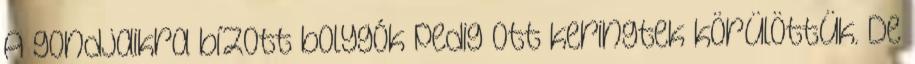
A gondjaikra bízott bolygók pedig ott keringtek körülöttük. De